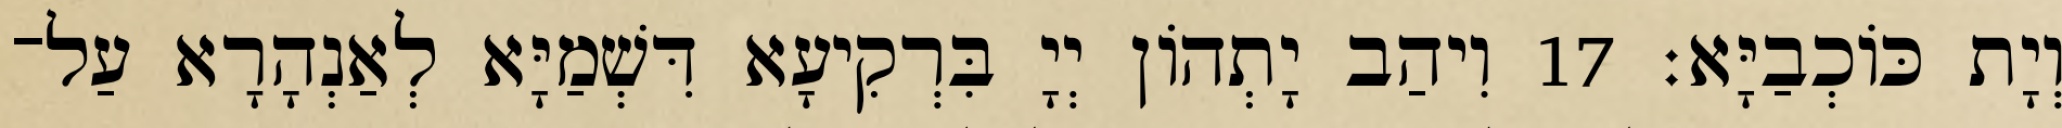
וְיָת כּוֹכְבַיָּא׃ 17 וִיהַב יָתְהוֹן יְיָ בִּרְקִיעָא דִּשְׁמַיָּא לְאַנְהָרָא עַל־